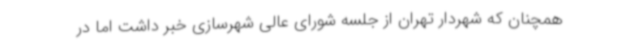
همچنان که شهردار تهران از جلسه شورای عالی شهرسازی خبر داشت اما در